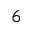
^ { 6 }